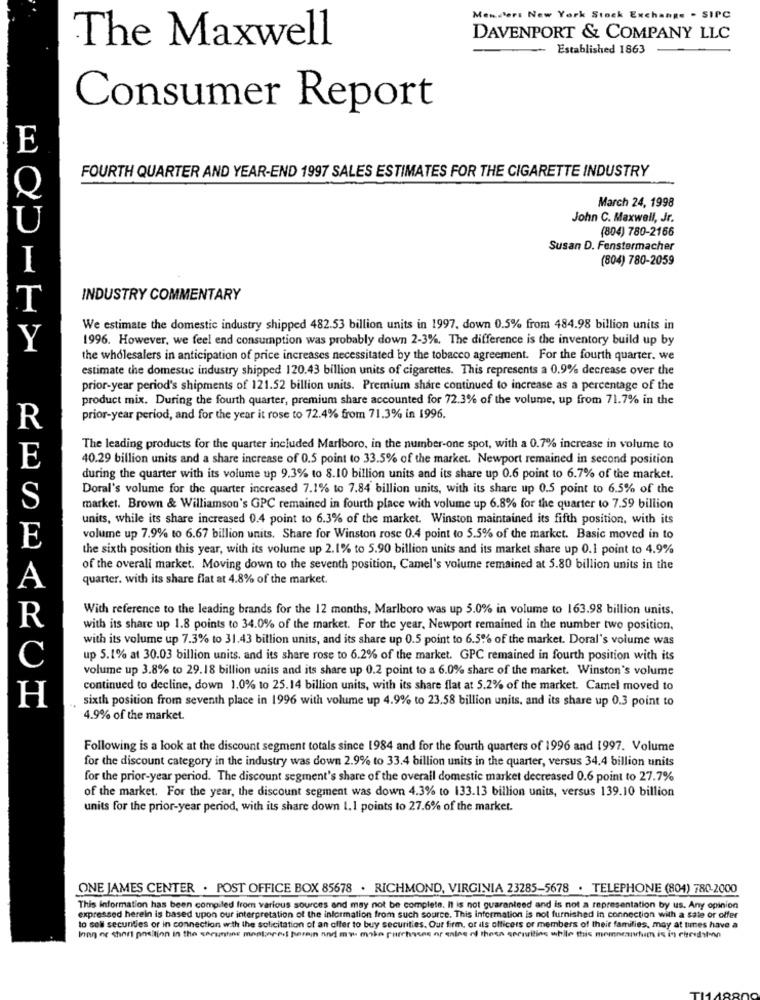
Manders New York Stock Exchange - SIPC
The Maxwell
DAVENPORT & COMPANY LLC
Established 1863
Consumer Report
E
FOURTH QUARTER AND YEAR-END 1997 SALES ESTIMATES FOR THE CIGARETTE INDUSTRY
March 24, 1998
John C. Maxwell, Jr.
(804) 780-2166
Susan D. Fenstermacher
(804) 780-2059
I
INDUSTRY COMMENTARY
T
We estimate the domestic industry shipped 482.53 billion units in 1997. down 0.5% from 484.98 billion units in
1996. However, we feel end consumption was probably down 2-3%. The difference is the inventory build up by
Y
the wholesalers in anticipation of price increases necessitated by the tobacco agreement. For the fourth quarter. we
estimate the domesuc industry shipped 120.43 billion units of cigarettes. This represents a 0.9% decrease over the
prior-year period's shipments of 121.52 billion units. Premium share continued to increase as a percentage of the
product mix. During the fourth quarter, premium share accounted for 72.3% of the volume, up from 71.7% in the
prior-year period, and for the year it rose to 72.4% from 71.3% in 1996.
R
The leading products for the quarter included Marlboro, in the number-one spot, with a 0.7% increase in volume to
E
40.29 billion units and a share increase of 0.5 point to 33.5% of the market. Newport remained in second position
during the quarter with its volume up 9.3% to 8.10 billion units and its share up 0.6 point to 6.7% of the market.
Doral's volume for the quarter increased 7.1% to 7.84 billion units, with its share up 0.5 point to 6.5% of the
S
market. Brown & Williamson's GPC remained in fourth place with volume up 6.8% for the quarter to 7.59 billion
units, while its share increased 0.4 point to 6.3% of the market. Winston maintained its fifth position, with its
volume up 7.9% to 6.67 billion units. Share for Winston rose 0.4 point to 5.5% of the market. Basic moved in to
E
the sixth position this year, with its volume up 2.1% to 5.90 billion units and its market share up 0.1 point to 4.9%
of the overall market. Moving down to the seventh position, Camel's volume remained at 5.80 billion units in the
quarter. with its share flat at 4.8% of the market.
A
With reference to the leading brands for the 12 months, Marlboro was up 5.0% in volume to 163.98 billion units.
R
with its share up 1.8 points to 34.0% of the market. For the year, Newport remained in the number two position,
with its volume up 7.3% to 31.43 billion units, and its share up 0.5 point to 6.5% of the market. Doral's volume was
up 5.1% at 30.03 billion units. and its share rose to 6.2% of the market. GPC remained in fourth position with its
C
volume up 3.8% to 29.18 billion units and its share up 0.2 point to a 6.0% share of the market. Winston's volume
continued to decline, down 1.0% to 25.14 billion units, with its share flat at 5.2% of the market. Camel moved to
H
sixth position from seventh place in 1996 with volume up 4.9% to 23.58 billion units, and its share up 0.3 point to
4.9% of the market.
Following is a look at the discount segment totals since 1984 and for the fourth quarters of 1996 and 1997. Volume
for the discount category in the industry was down 2.9% to 33.4 billion units in the quarter, versus 34.4 billion units
for the prior-year period. The discount segment's share of the overall domestic market decreased 0.6 point to 27.7%
of the market. For the year, the discount segment was down 4.3% to 133.13 billion units, versus 139.10 billion
units for the prior-year period, with its share down 1.1 points to 27.6% of the market.
ONE JAMES CENTER . POST OFFICE BOX 85678 . RICHMOND, VIRGINIA 23285-5678 . TELEPHONE (804) 780-2000
This information has been compiled from various sources and may not be complete. It is not guaranteed and is not a representation by us. Any opinion
expressed herein is based upon our interpretation of the information from such source. This information is not furnished in connection with a sale or offer
to sell securities or in connection with the solicitation of an offer to buy securities. Our firm, or ils officers or members of their families, may at tunes have a
Inan or short position in the securities mastore's parain and my make purchases or enlos of these securities while this memocarhim is in circulation